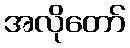
အလိုတော်